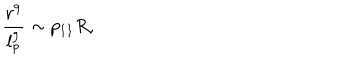
\frac { r ^ { 9 } } { l _ { p } ^ { 9 } } \sim p _ { 1 1 } R ,